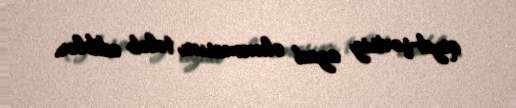
qeyd-şərtsiz azad olunmasını tələb ediblər.